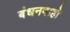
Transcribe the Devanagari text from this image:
बंधनबाहो